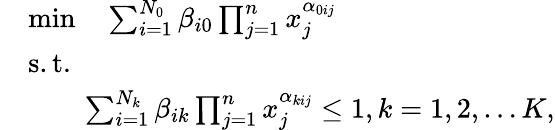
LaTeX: \begin{array}{rl}&{\operatorname*{min}\quad\sum_{i=1}^{N_{0}}\beta_{i0}\prod_{j=1}^{n}x_{j}^{\alpha_{0ij}}}\\ &{\mathrm{s.t.}}\\ &{\qquad\sum_{i=1}^{N_{k}}\beta_{ik}\prod_{j=1}^{n}x_{j}^{\alpha_{kij}}\leq 1,k=1,2,\ldots K,}\end{array}